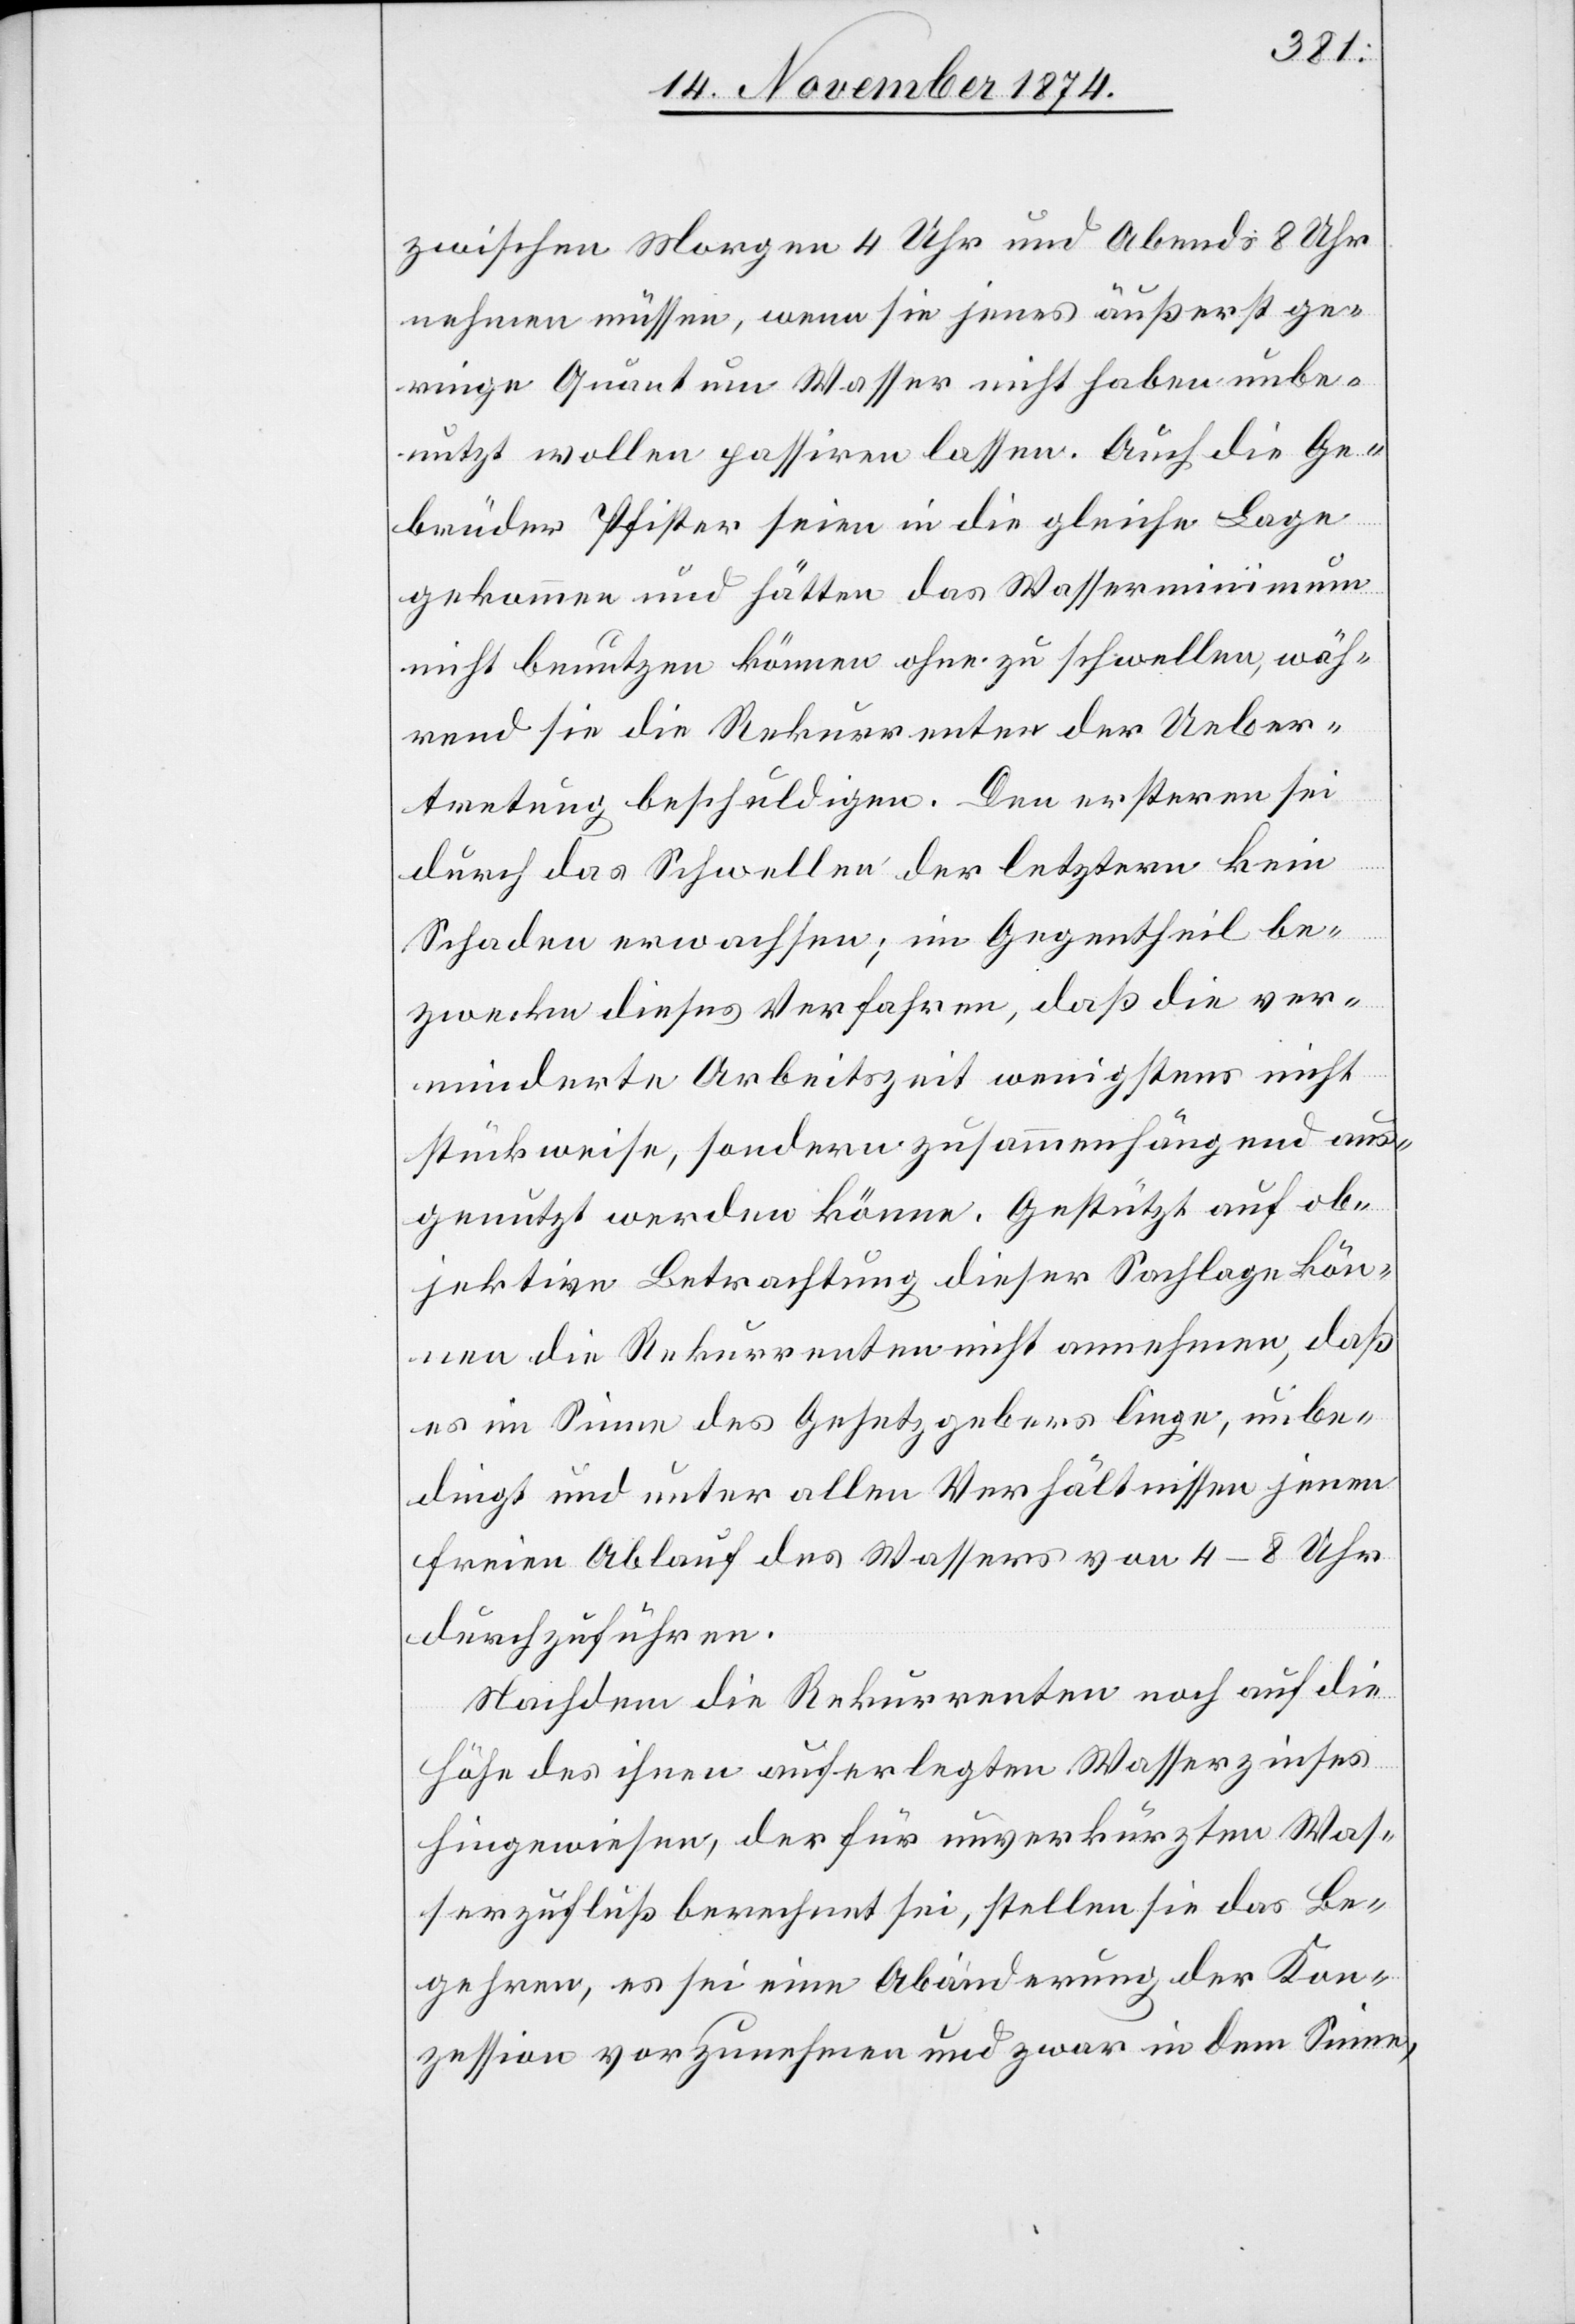
zwischen Morgen 4 Uhr und Abends 8 Uhr
nehmen müssen, wenn sie jenes äußerst ge¬
ringe Quantum Wasser nicht haben unbe¬
nutzt wollen passiren lassen. Auch die Ge¬
brüder Pfister seien in die gleiche Lage
gekommen und hätten das Wasserminimum
nicht benutzen können ohne zu schwellen, wäh¬
rend sie die Rekurrenten der Ueber¬
tretung beschuldigen. Den ersteren sei
durch das Schwellen der letzteren kein
Schaden erwachsen; im Gegentheil be¬
zwecke dieses Verfahren, daß die ver¬
minderte Arbeitszeit wenigstens nicht
stückweise, sondern zusammenhängend aus¬
genutzt werden könne. Gestützt auf ob¬
jektive Betrachtung dieser Sachlage kön¬
nen die Rekurrenten nicht annehmen, daß
es im Sinne des Gesetzgebers liege, unbe¬
dingt und unter allen Verhältnisse jenen
freien Ablauf des Wassers von 4–8 Uhr
durchzuführen.
Nachdem die Rekurrenten noch auf die
Höhe des ihnen auferlegten Wasserzinses
hingewiesen, der für unverkürzten Was¬
serzufluß berechnet sei, stellen sie das Be¬
gehren, es sei eine Abänderung der Kon¬
zession vorzunehmen und zwar in dem Sinne,